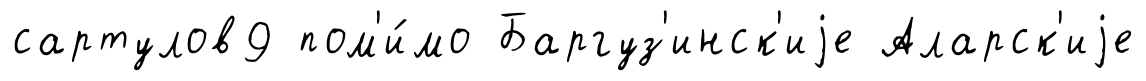
сартулов9 пом'и́мо Баргуз'инск'иjе Аларск'иjе